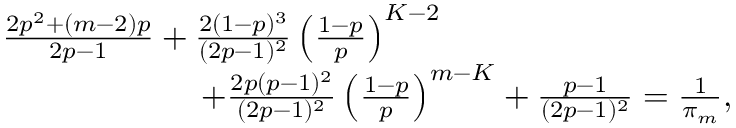
\begin{array} { r l } & { \frac { 2 p ^ { 2 } + ( m - 2 ) p } { 2 p - 1 } + \frac { 2 ( 1 - p ) ^ { 3 } } { ( 2 p - 1 ) ^ { 2 } } \left( \frac { 1 - p } { p } \right) ^ { K - 2 } } \\ & { \qquad \qquad \qquad + \frac { 2 p ( p - 1 ) ^ { 2 } } { ( 2 p - 1 ) ^ { 2 } } \left( \frac { 1 - p } { p } \right) ^ { m - K } + \frac { p - 1 } { ( 2 p - 1 ) ^ { 2 } } = \frac { 1 } { \pi _ { m } } , } \end{array}